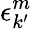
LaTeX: \epsilon_{k^{\prime}}^{m}